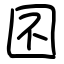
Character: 囨